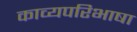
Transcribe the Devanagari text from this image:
काव्यपरिभाषा